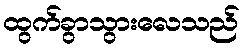
ထွက်ခွာသွားလေသည်